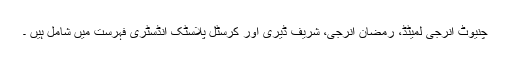
چنیوٹ انرجی لمیٹڈ، رمضان انرجی، شریف ڈیری اور کرسٹل پلاسٹک انڈسٹری فہرست میں شامل ہیں ۔